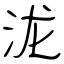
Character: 泷